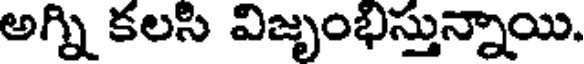
అగ్ని కలసి విజృంభిస్తున్నాయి.